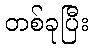
တစ်ခုပြီး